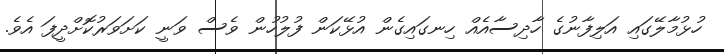
ހުޅުމާލޭގައި އަލިފާނުގެ ހާދިސާއެއް ހިނގައިގެން އުޅޭކަން ފުލުހުން ވެސް ވަނީ ކަށަވަރުކޮށްދީފަ އެވެ.